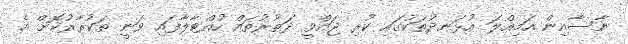
ނާސާއިން އަމިއްލަ އުޅަނދުތަކުގައި ކުރި ޖައްވީ ދަތުރުތައް ހުއްޓާލާފައި ވަނީ ތަކުރާރުކޮށް އެ